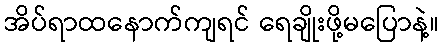
အိပ်ရာထနောက်ကျရင် ရေချိုးဖို့မပြောနဲ့။